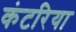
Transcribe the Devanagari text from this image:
कंटरिया